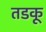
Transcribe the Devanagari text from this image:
तडकू